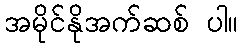
အမိုင်နိုအက်ဆစ် ပါ။